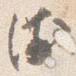
衛